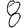
Digit: 8